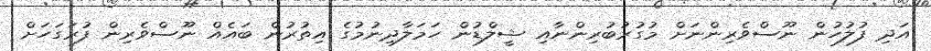
އަދި ފުލުހުން ނޫސްވެރިންނަށް މުގުރުބުރިންނާއި ޝީލްޑުން ހަމަލާދިނުމުގެ އިތުރުން ބައެއް ނޫސްވެރިން ފުރަގަހަށް